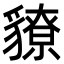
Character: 䝤